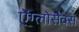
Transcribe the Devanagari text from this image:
ऐंग्लोसैक्स